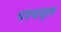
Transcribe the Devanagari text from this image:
पश्‍चयूल